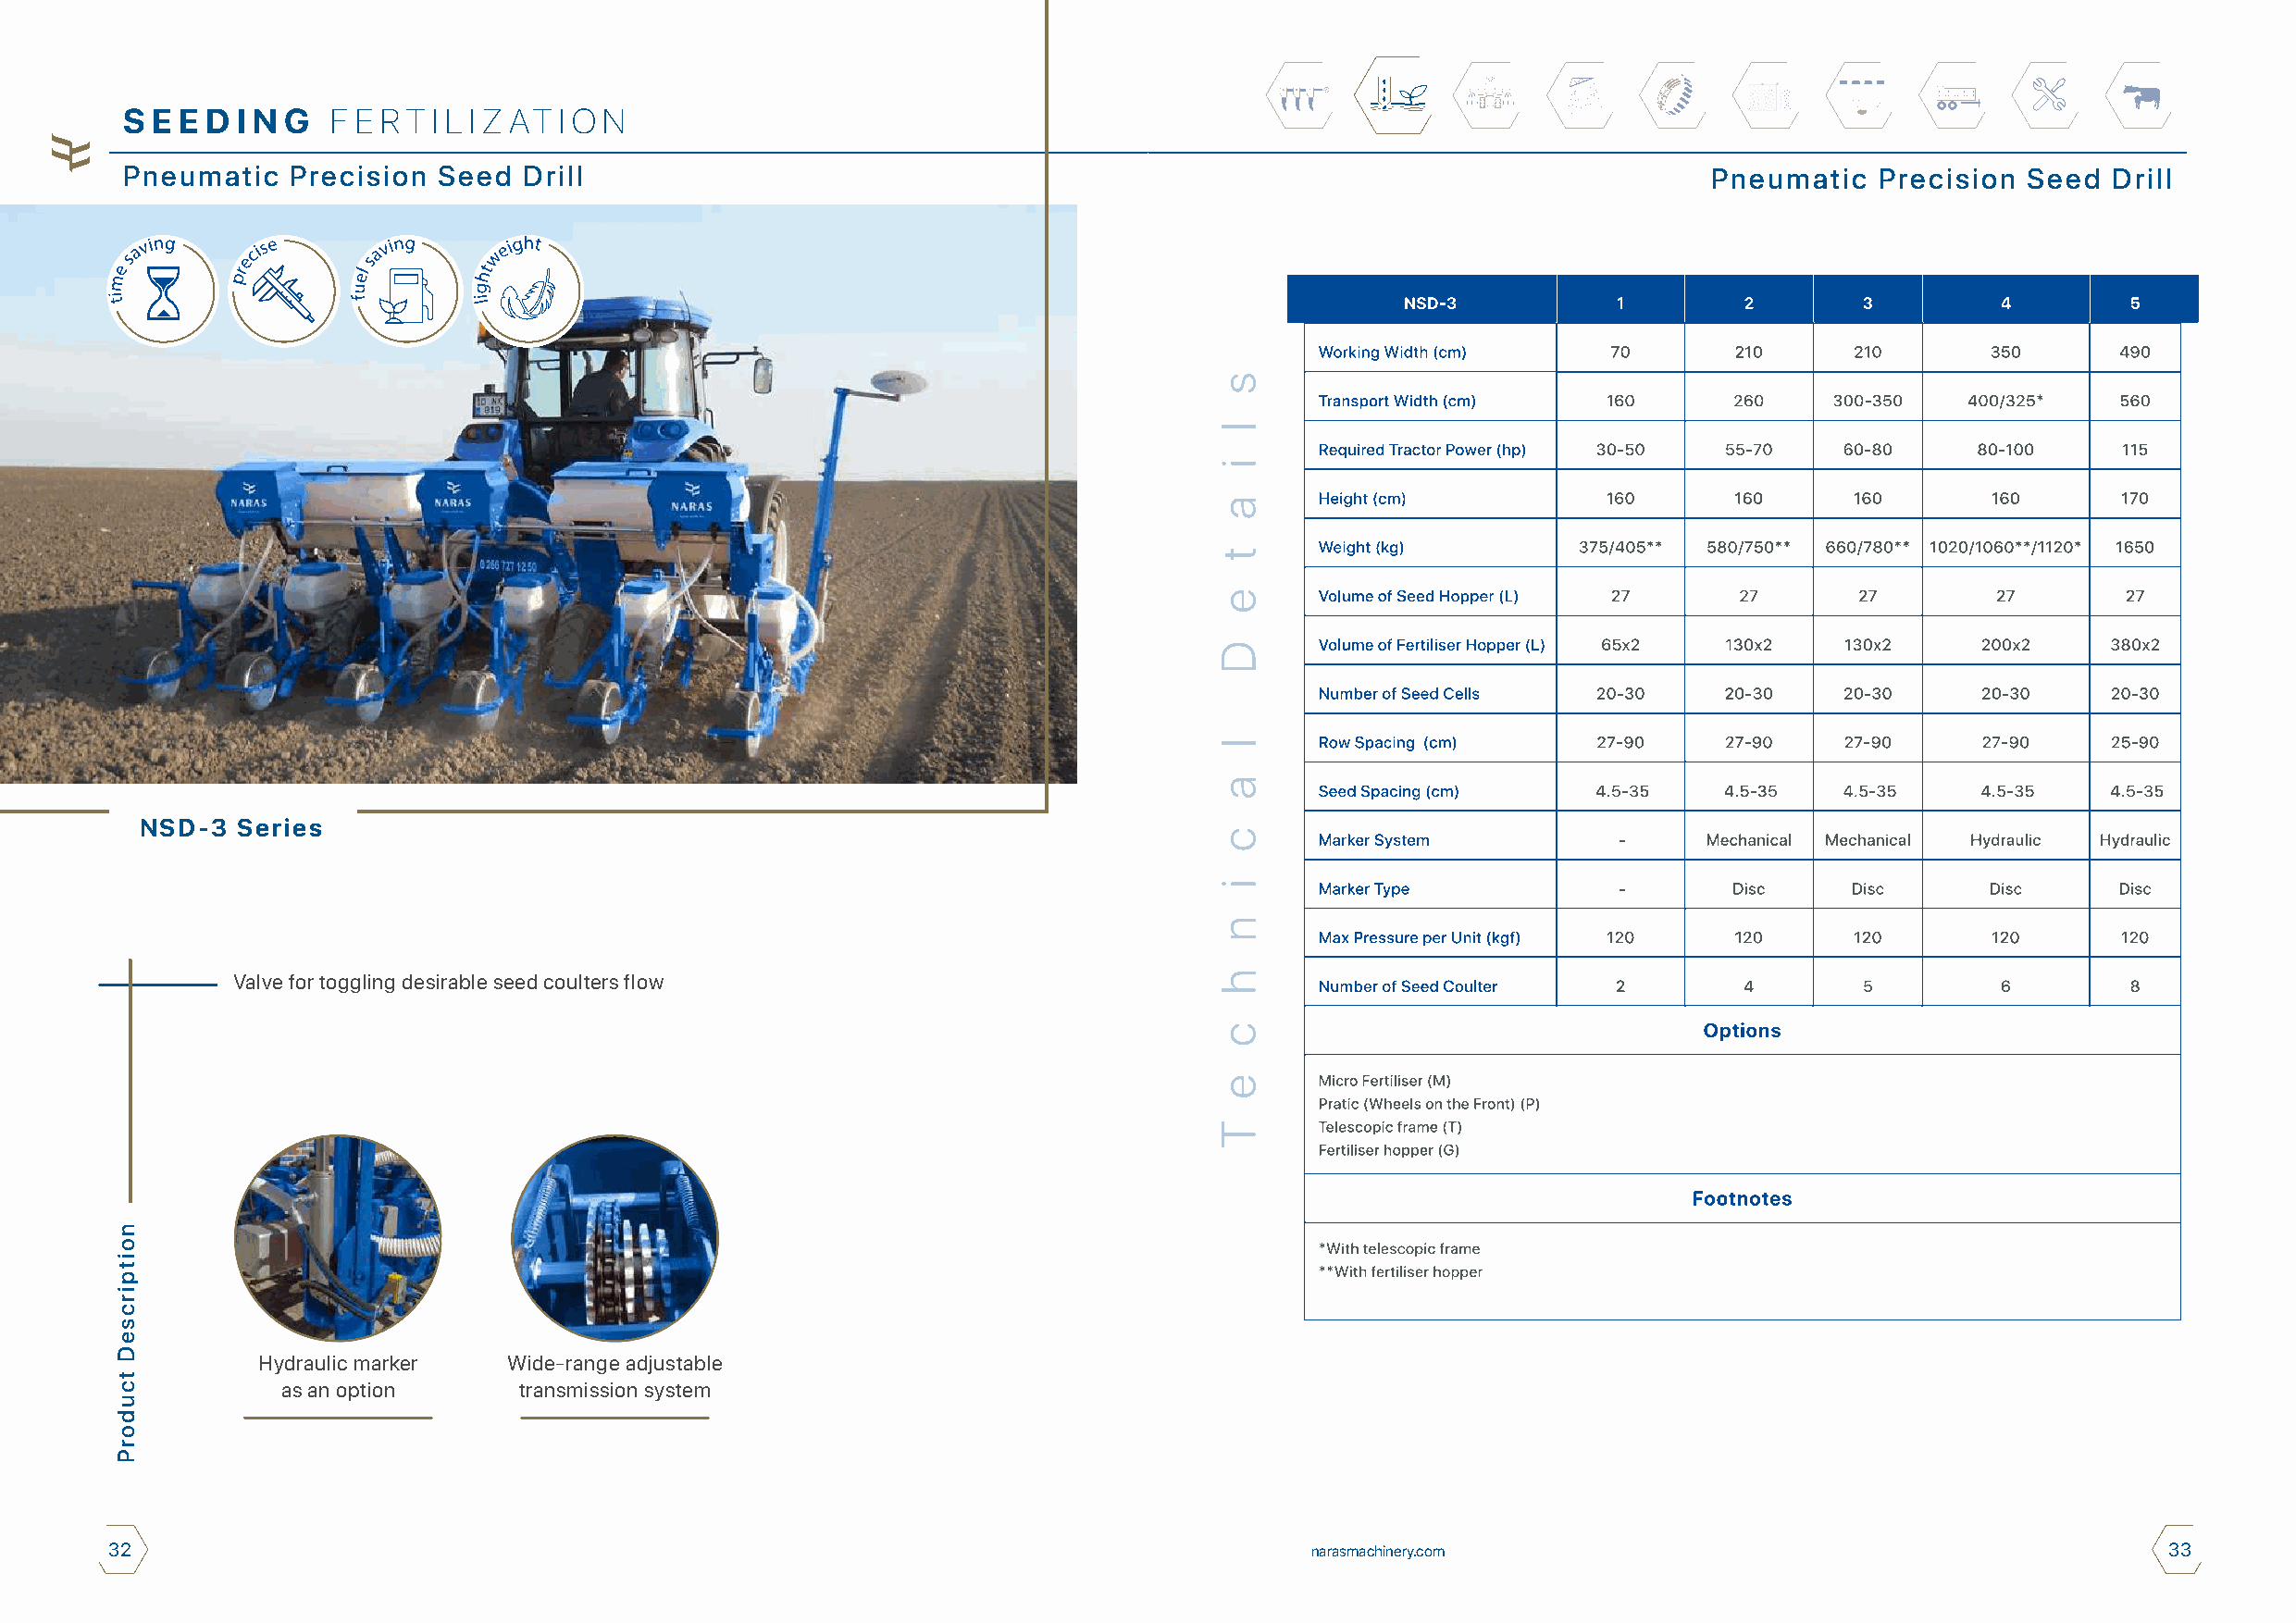
S E E D I N G  F E R T I L I Z AT I O N
 Pneumatic   Precision Seed  Drill                                                                                Pneumatic   Precision  Seed  Drill
 NSD-3  Series
 Valve for toggling desirable seed coulters flow
 Hydraulic marker  Wide-range adjustable
 as an option     transmission system
 32                                                                                    narasmachinery.com                                           33
 noitpircseD
 tcudorP
 s
 l
 i
 a
 t
 e
 D
 l
 a
 c
 i
 n
 h
 c
 e
 T